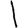
Digit: 1